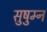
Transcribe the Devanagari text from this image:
सुषुम्न